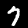
Label: 7